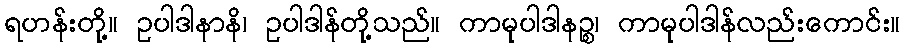
ရဟန်းတို့။ ဥပါဒါနာနိ၊ ဥပါဒါန်တို့သည်။ ကာမုပါဒါနဉ္စ၊ ကာမုပါဒါန်လည်းကောင်း။